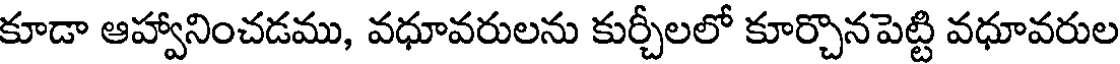
కూడా ఆహ్వానించడము, వధూవరులను కుర్చీలలో కూర్చొనపెట్టి వధూవరుల